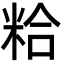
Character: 粭